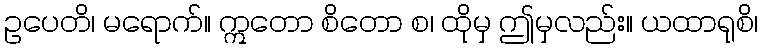
ဥပေတိ၊ မရောက်။ ဣတော စိတော စ၊ ထိုမှ ဤမှလည်း။ ယထာရုစိ၊